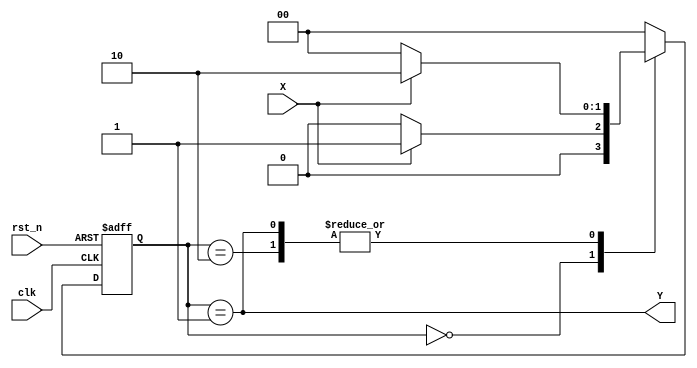
`timescale 1ns / 1ps
//////////////////////////////////////////////////////////////////////////////////
// Company: 
// Engineer: 
// 
// Design Name: 
// Module Name: MooreMachine
// Project Name: 
// Target Devices: 
// Tool Versions: 
// Description: 
// 
// Dependencies: 
// 
// Revision:
// Revision 0.01 - File Created
// Additional Comments:
// 
//////////////////////////////////////////////////////////////////////////////////


module MooreMachine( // 
    clk, rst_n, X,
    Y
);

input clk, rst_n, X; //1bit input
output Y; //1bit output

//state local parameter 
localparam S0 = 2'b00, 
           S1 = 2'b01,
           S2 = 2'b10;

//2bit state 
reg [1:0] present_state, next_state;

//combinational logic   
always @(present_state or X) begin //present_state X  
    case(present_state)
        S0: if(X) next_state = S1; else next_state = S0;
        S1: if(X) next_state = S2; else next_state = S0;
        S2: if(X) next_state = S2; else next_state = S0;
        default: next_state = S0;
    endcase
end

//sequential logic   
//clk   rst_n    
always @(posedge clk or negedge rst_n) begin
    if(!rst_n) present_state <= S0; //rst_n 0 
    else present_state <= next_state; 
end

// 
assign Y = (present_state == S1);

endmodule